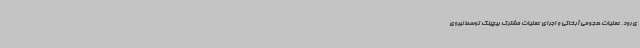
ی‌رود. عملیات هجومی آبخاکی و اجرای عملیات مشترک بیچینگ توسط نیروی